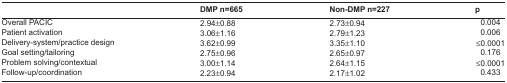
<table><thead><tr><td></td><td><b>DMP n=665</b></td><td><b>Non-DMP n=227</b></td><td><b>p</b></td></tr></thead><tbody><tr><td>Overall PACIC</td><td>2.94±0.88</td><td>2.73±0.94</td><td> 0.004</td></tr><tr><td>Patient activation</td><td>3.06±1.16</td><td>2.79±1.23</td><td> 0.006</td></tr><tr><td>Delivery-system/practice design</td><td>3.62±0.99</td><td>3.35±1.10</td><td>≤0.0001</td></tr><tr><td>Goal setting/tailoring</td><td>2.75±0.96</td><td>2.65±0.97</td><td> 0.176</td></tr><tr><td>Problem solving/contextual</td><td>3.00±1.14</td><td>2.64±1.15</td><td>≤0.0001</td></tr><tr><td>Follow-up/coordination</td><td>2.23±0.94</td><td>2.17±1.02</td><td> 0.433</td></tr></tbody></table>